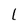
Character: l